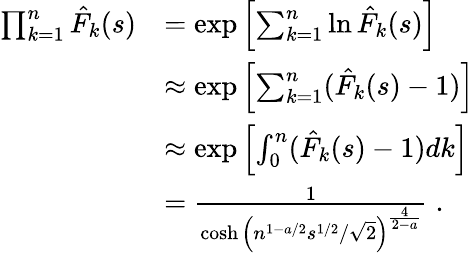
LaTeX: \begin{array}{rl}{\prod_{k=1}^{n}\hat{F}_{k}(s)}&{=\exp\left[\sum_{k=1}^{n}\ln\hat{F}_{k}(s)\right]}\\ &{\approx\exp\left[\sum_{k=1}^{n}(\hat{F}_{k}(s)-1)\right]}\\ &{\approx\exp\left[\int_{0}^{n}(\hat{F}_{k}(s)-1)dk\right]}\\ &{=\frac{1}{\cosh\left(n^{1-a/2}s^{1/2}/\sqrt{2}\right)^{\frac{4}{2-a}}}\; .}\end{array}